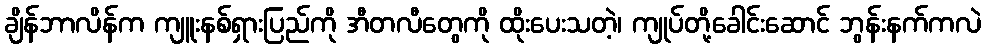
ချိန်ဘာလိန်က ကျူးနစ်ရှားပြည်ကို အီတလီတွေကို ထိုးပေးသတဲ့၊ ကျုပ်တို့ခေါင်းဆောင် ဘွန်းနက်ကလဲ